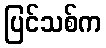
ပြင်သစ်က